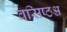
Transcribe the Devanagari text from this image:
वसिष्ठश्च